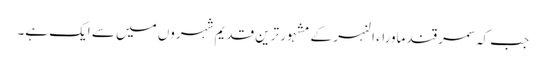
جب کہ سمرقند ماوراء النہر کے مشہور ترین قدیم شہروں میں سے ایک ہے۔